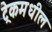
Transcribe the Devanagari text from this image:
ट्रेकमधील